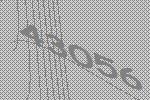
43056